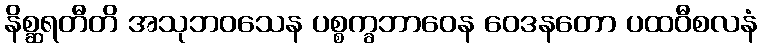
နိစ္ဆရတီတိ အသုဘဝသေန ပစ္စက္ခဘာဝေန ဝေဒနတော ပထဝီစလနံ